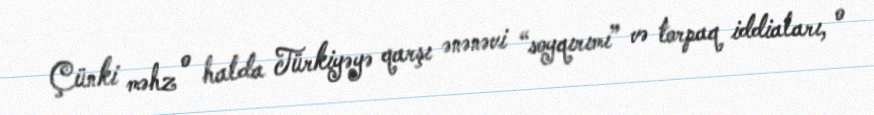
Çünki məhz o halda Türkiyəyə qarşı ənənəvi “soyqırımı” və torpaq iddiaları, o